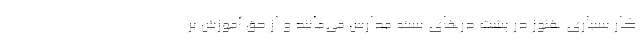
کار بسیاری هنوز در پشت درهای بسته مدارس می‌مانند و از حق آموزش بر